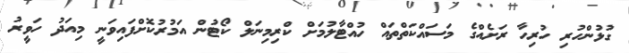
ގުޅުންހުރި ހުރިހާ ރަށެއްގެ މަސައްކަތްތައް ހުއްޓާލުމަށް ކްރިމިނަލް ކޯޓުން އަމުރުކޮށްފައިވަނީ މިއަދު ހަވީރު